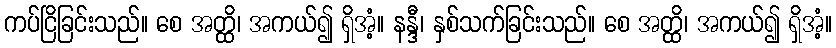
ကပ်ငြိခြင်းသည်။ စေ အတ္ထိ၊ အကယ်၍ ရှိအံ့။ နန္ဒီ၊ နှစ်သက်ခြင်းသည်။ စေ အတ္ထိ၊ အကယ်၍ ရှိအံ့။